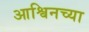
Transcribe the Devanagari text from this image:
आश्विनच्या